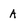
Character: A